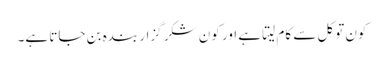
کون توکل سے کام لیتا ہے اور کون شکر گزار بندہ بن جاتا ہے۔